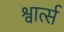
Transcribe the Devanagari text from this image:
श्वार्त्स